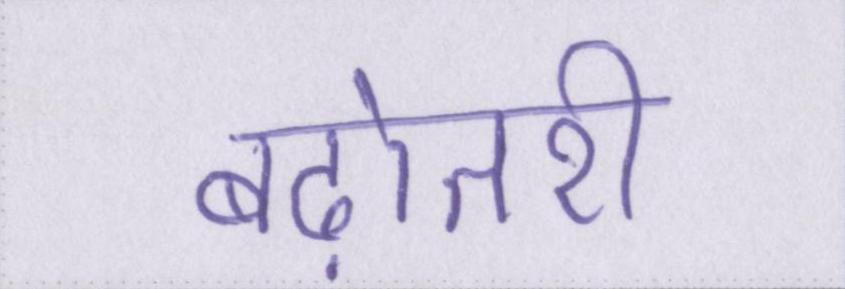
बढ़ोतरी